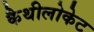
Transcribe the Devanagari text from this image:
कैथीलोकेट